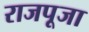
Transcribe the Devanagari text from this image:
राजपूजा